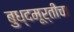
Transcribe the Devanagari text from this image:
बुध्दमूर्तीचा